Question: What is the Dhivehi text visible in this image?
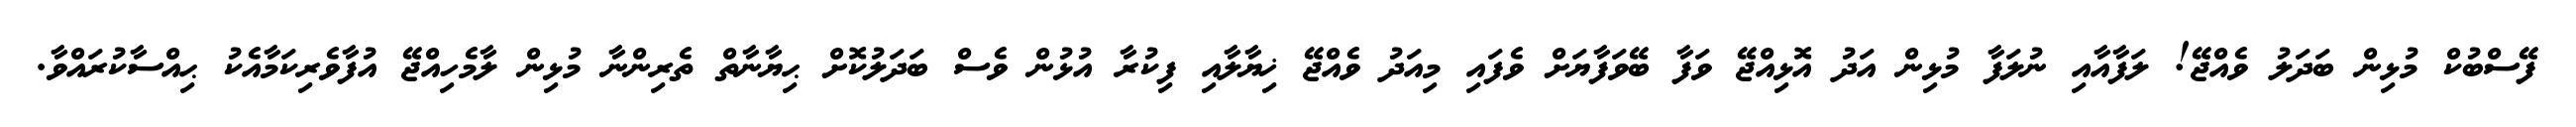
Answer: ފޭސްބުކް މުޅިން ބަދަލު ވެއްޖޭ! ލަފާއާއި ނުލަފާ މުޅިން އަދު އޮޅިއްޖޭ ވަފާ ބޭވަފާޔަށް ވެފައި މިއަދު ވެއްޖޭ ޚިޔާލާއި ފިކުރާ އުޅުން ވެސް ބަދަލުކޮށް ޙިޔާނާތް ތެރިންނާ މުޅިން ލާމެހިއްޖޭ އުފާވެރިކަމާއެކު ޙިއްސާކުރައްވާ.